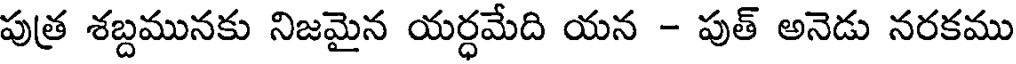
పుత్ర శబ్దమునకు నిజమైన యర్ధమేది యన - పుత్ అనెడు నరకము